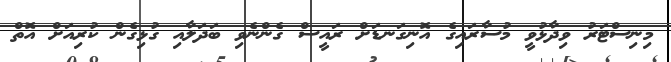
މިނިސްޓަރު ވިދާޅުވީ މުސާރައިގެ އޮނިގަނޑަށް ރައީސް ގެންނެވި ބަދަލާއި ގުޅިގެން ކުރިއަށް އޮތް